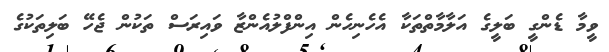
ވީމާ ޑެންގީ ބަލީގެ އަލާމާތްތަކާ އެހެނިހެން އިންފްލުއެންޒާ ވައިރަސް ތަކުން ޖެހޭ ބަލިތަކުގެ